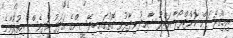
އިމިގްރޭޝަން ކޮންޓްރޯލާ އަބްދު ޝާހިދު ވިދާޅުވި ގޮތުގައި ބިދޭސީންގެ އަދަދު އަދިވެސް އިތުރުވާނެ